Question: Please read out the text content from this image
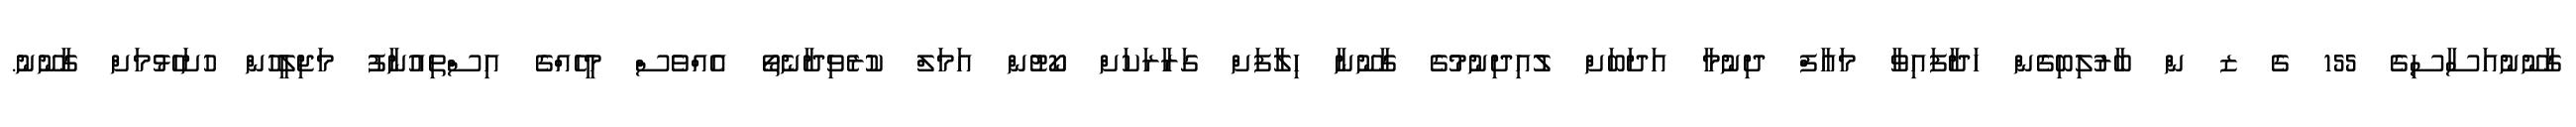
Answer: ގާނޫނުއަސާސިގެ 155 ގެ ޒ ން ބާރުލިބިގެން ހަދާފައިވާ މައާފް ދިނުމާ އަދަބަށް ލުއިދިނުމުގެ ގާނޫނާ ހިލާފަށް ގަރާރަކަށް ކޯޓުން އަމަލް ކުރެވިދާނެތޯ އެއްވެސް މީހެއްގެ އިސްތިއުނާފު މަޖިލީހުން ހުށަހެޅުމަށް ގާނޫނު.